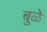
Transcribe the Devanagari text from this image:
बुळे